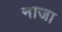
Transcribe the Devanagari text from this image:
नाजा